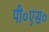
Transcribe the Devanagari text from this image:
पी०एस०